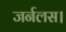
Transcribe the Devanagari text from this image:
जर्नलस।